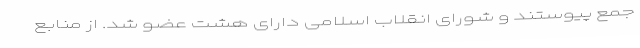
جمع‌ پیوستند و شورای‌ انقلاب‌ اسلامی‌ دارای‌ هشت‌ عضو شد. از منابع‌